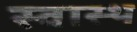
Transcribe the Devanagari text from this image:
स्‍वास्‍थ